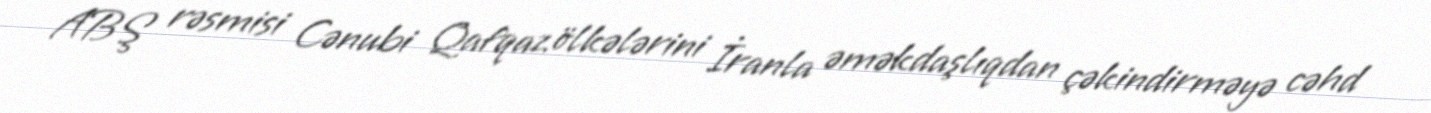
ABŞ rəsmisi Cənubi Qafqaz ölkələrini İranla əməkdaşlıqdan çəkindirməyə cəhd